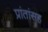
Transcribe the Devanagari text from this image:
प्रांतांसह